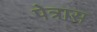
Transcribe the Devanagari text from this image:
पेत्रास